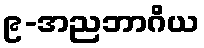
၉-အညဘာဂိယ